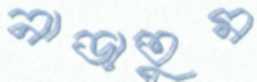
নাড়াতুম